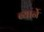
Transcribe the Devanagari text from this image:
ब्यार्ने